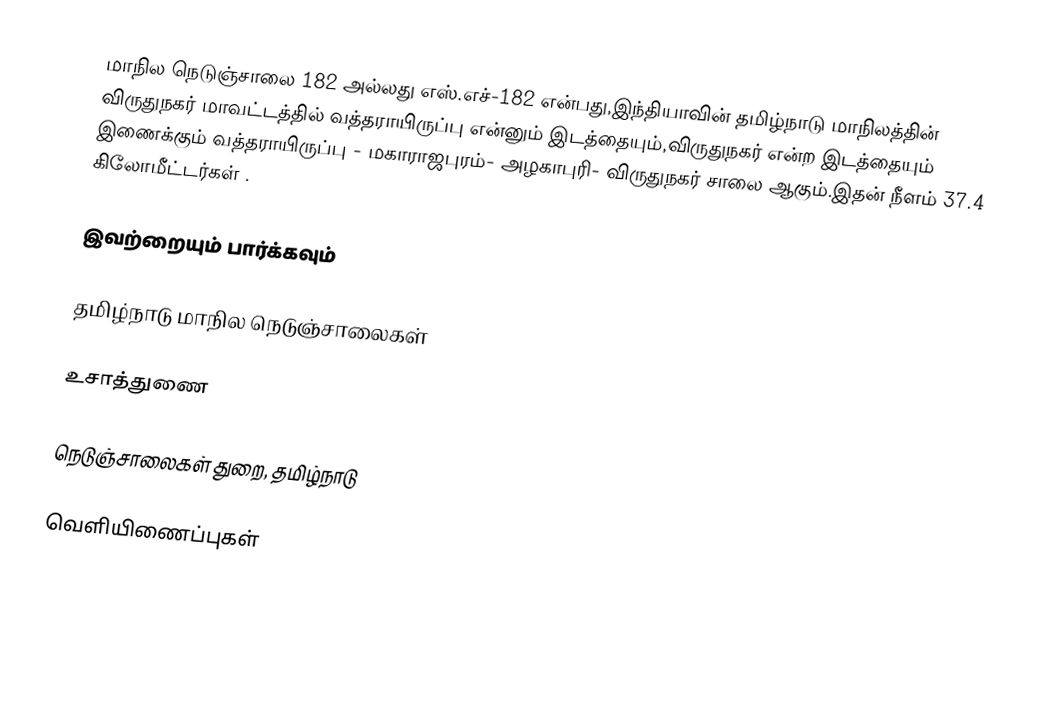
மாநில நெடுஞ்சாலை 182 அல்லது எஸ்.எச்-182  என்பது,இந்தியாவின் தமிழ்நாடு மாநிலத்தின்  விருதுநகர் மாவட்டத்தில்  வத்தராயிருப்பு  என்னும் இடத்தையும்,விருதுநகர்  என்ற இடத்தையும் இணைக்கும் வத்தராயிருப்பு - மகாராஜபுரம்- அழகாபுரி- விருதுநகர் சாலை ஆகும்.இதன் நீளம் 37.4  கிலோமீட்டர்கள் .

இவற்றையும் பார்க்கவும்

 தமிழ்நாடு மாநில நெடுஞ்சாலைகள்

உசாத்துணை

 நெடுஞ்சாலைகள் துறை, தமிழ்நாடு

வெளியிணைப்புகள்